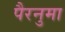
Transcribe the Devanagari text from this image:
पैरनुमा